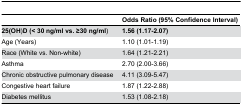
<table><thead><tr><td></td><td><b>Odds Ratio (95% Confidence Interval)</b></td></tr></thead><tbody><tr><td><b>25(OH</b>)<b>D (&lt; 30 ng/ml vs. ≥30 ng/ml</b>)</td><td><b>1.56 (1.17-2.07)</b></td></tr><tr><td>Age (Years)</td><td>1.10 (1.01-1.19)</td></tr><tr><td>Race (White vs. Non-white)</td><td>1.64 (1.21-2.21)</td></tr><tr><td>Asthma</td><td>2.70 (2.00-3.66)</td></tr><tr><td>Chronic obstructive pulmonary disease </td><td>4.11 (3.09-5.47)</td></tr><tr><td>Congestive heart failure</td><td>1.87 (1.22-2.88)</td></tr><tr><td>Diabetes mellitus</td><td>1.53 (1.08-2.18)</td></tr></tbody></table>